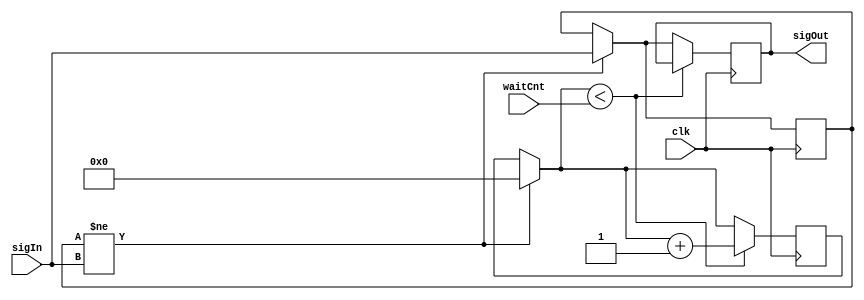
module Delay(clk, sigIn, waitCnt, sigOut);
/***
This module samples an input bit, sigIn.  It copies this output to sigOut, but delays state changes by a variable input, waitCnt, number of clock cycles.  Only the most recent state change is stored.

This scheme fails for cases where the wait time is longer than half the signal period.

Ted Golfinopoulos, 9 August 2012
*/

parameter WAIT_CNT_SIZE=11;

input clk, sigIn;
input [WAIT_CNT_SIZE-1:0] waitCnt; //Delay time - number of clk cycles to delay state changes in output

output wire sigOut;

reg sigOutReg, sigInLast;
reg [WAIT_CNT_SIZE-1:0] timer; //Counter for timing delays for state changes to output.

initial begin
	#0
	sigInLast=1'b0;
	sigOutReg=1'b0;
	timer=1'b0;
end

//Check for state changes.  Wait a specified delay time, and then impose the corresponding change in the output signal.  Fails for the case where the delay time is longer than half the signal period.
always @(posedge clk) begin
	//Check input.  If there is a state change, reset timer and record new state.
	if(sigInLast != sigIn) begin //Begin timer.  Really want to begin timer on rising edge of sigIn.
		timer=1'b0; //Reset timer
		sigInLast=sigIn; //Update sigInLast register.
	end

	//Delay timer.
	//If timer has been reset, start counting until wait limit is reached.  Then, stop and update output.
	//Output gets continually updated to registered input state in steady state.
	if(timer<waitCnt) begin
		timer=timer+1'b1;
	end else begin //Leave timer locked at waitCnt
		sigOutReg=sigInLast; //Update output signal.
	end
end

assign sigOut=sigOutReg; //Tie output to corresponding register.

endmodule